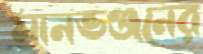
মানভঞ্জনের